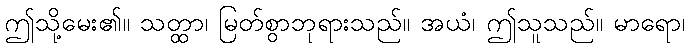
ဤသို့မေး၏။ သတ္ထာ၊ မြတ်စွာဘုရားသည်။ အယံ၊ ဤသူသည်။ မာရော၊